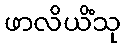
ဖာလိယိံသု